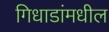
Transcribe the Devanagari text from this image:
गिधाडांमधील